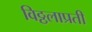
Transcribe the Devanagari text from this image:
विठ्ठलाप्रती